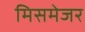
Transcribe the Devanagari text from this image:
मिसमेजर